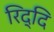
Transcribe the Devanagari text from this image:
रिद्दि